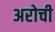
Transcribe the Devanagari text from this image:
अरोची